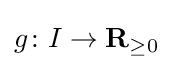
g\colon I\to \mathbf {R} _{\geq 0}